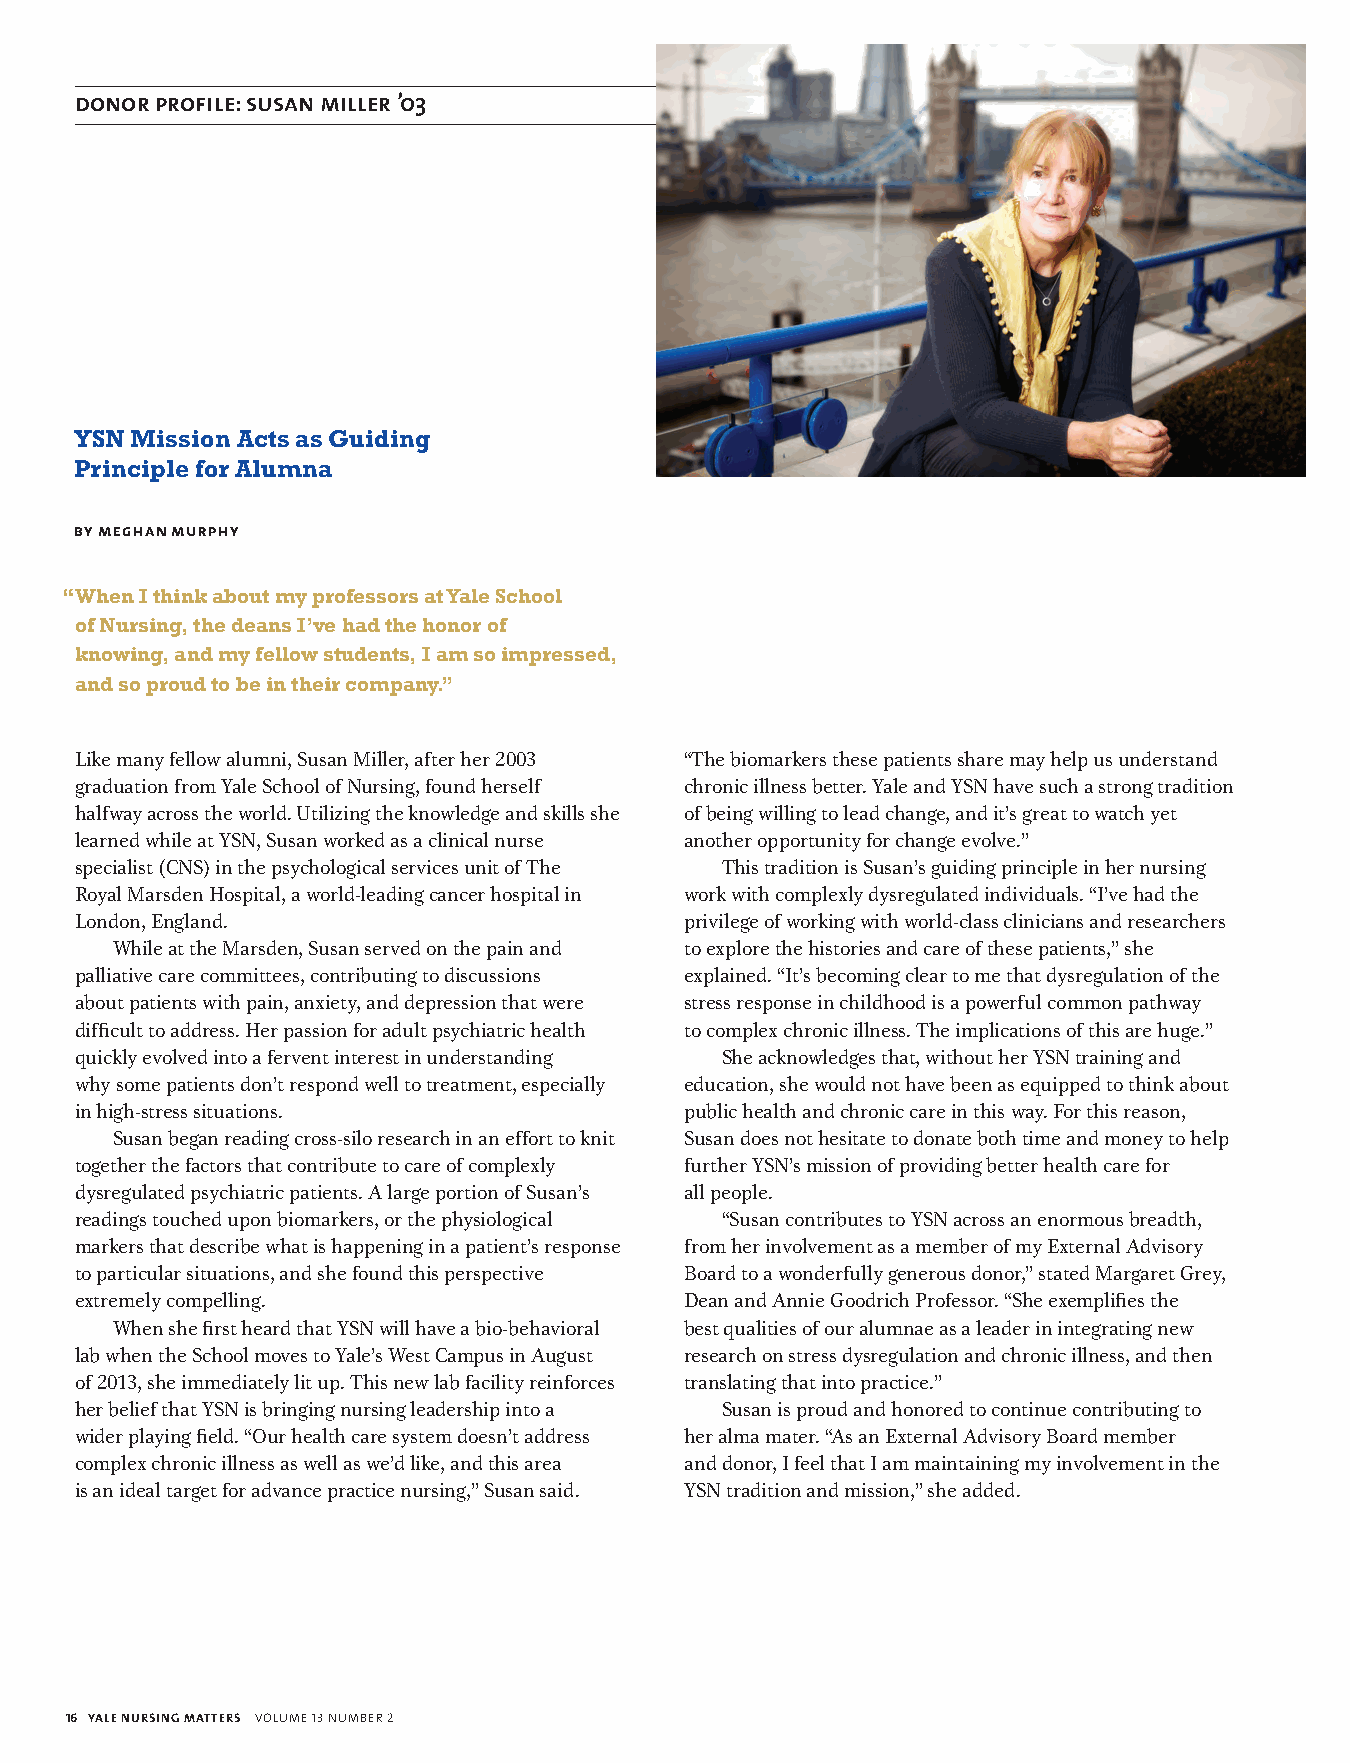
donor profile: susan miller ’03
 YSN Mission Acts as Guiding
 Principle for Alumna
 by meghan murphy
 “ When I think about my professors at Yale School
 of Nursing, the deans I’ve had the honor of
 knowing, and my fellow students, I am so impressed,
 and so proud to be in their company.”
 Like many fellow alumni, Susan Miller, after her 2003 “The biomarkers these patients share may help us understand
 graduation from Yale School of Nursing, found herself chronic illness better. Yale and YSN have such a strong tradition
 halfway across the world. Utilizing the knowledge and skills she of being willing to lead change, and it’s great to watch yet
 learned while at YSN, Susan worked as a clinical nurse another opportunity for change evolve.”
 specialist (CNS) in the psychological services unit of The This tradition is Susan’s guiding principle in her nursing
 Royal Marsden Hospital, a world-leading cancer hospital in work with complexly dysregulated individuals. “I’ve had the
 London, England.                        privilege of working with world-class clinicians and researchers
 While at the Marsden, Susan served on the pain and to explore the histories and care of these patients,” she
 palliative care committees, contributing to discussions explained. “It’s becoming clear to me that dysregulation of the
 about patients with pain, anxiety, and depression that were stress response in childhood is a powerful common pathway
 difficult to address. Her passion for adult psychiatric health to complex chronic illness. The implications of this are huge.”
 quickly evolved into a fervent interest in understanding She acknowledges that, without her YSN training and
 why some patients don’t respond well to treatment, especially education, she would not have been as equipped to think about
 in high-stress situations.              public health and chronic care in this way. For this reason,
 Susan began reading cross-silo research in an effort to knit Susan does not hesitate to donate both time and money to help
 together the factors that contribute to care of complexly further YSN’s mission of providing better health care for
 dysregulated psychiatric patients. A large portion of Susan’s all people.
 readings touched upon biomarkers, or the physiological “Susan contributes to YSN across an enormous breadth,
 markers that describe what is happening in a patient’s response from her involvement as a member of my External Advisory
 to particular situations, and she found this perspective Board to a wonderfully generous donor,” stated Margaret Grey,
 extremely compelling.                   Dean and Annie Goodrich Professor. “She exemplifies the
 When she first heard that YSN will have a bio-behavioral best qualities of our alumnae as a leader in integrating new
 lab when the School moves to Yale’s West Campus in August research on stress dysregulation and chronic illness, and then
 of 2013, she immediately lit up. This new lab facility reinforces translating that into practice.”
 her belief that YSN is bringing nursing leadership into a Susan is proud and honored to continue contributing to
 wider playing field. “Our health care system doesn’t address her alma mater. “As an External Advisory Board member
 complex chronic illness as well as we’d like, and this area and donor, I feel that I am maintaining my involvement in the
 is an ideal target for advance practice nursing,” Susan said. YSN tradition and mission,” she added.
 16 YALE NURSING MATTERS volume 13 number 2
 137823_YNM Spring.indd 16                                                        5/1/13 11:33 AM